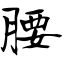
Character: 腰